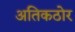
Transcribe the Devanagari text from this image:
अतिकठोर